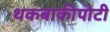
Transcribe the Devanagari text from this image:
थकबाकीपोटी